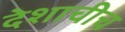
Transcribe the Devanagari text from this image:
देशाचीच